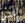
آخر